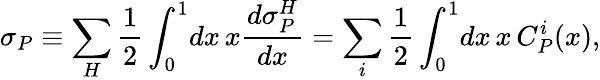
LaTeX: \sigma_{P}\equiv\sum_{H}\frac{1}{2}\int_{0}^{1}\! dx\, x\frac{d\sigma_{P}^{H}}{dx}=\sum_{i}\frac{1}{2}\int_{0}^{1}\! dx\, x\, C_{P}^{i}(x),